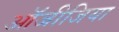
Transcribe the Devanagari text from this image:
ऑजीजिया